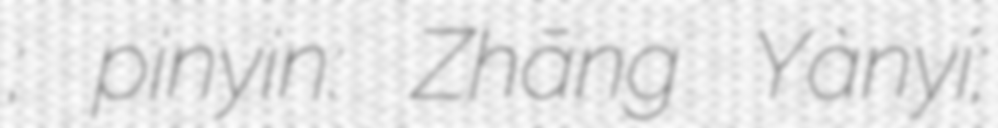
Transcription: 張雁宜; pinyin: Zhāng Yànyí;